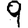
Digit: 9